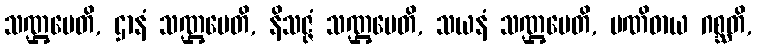
သဏ္ဌပေတိ, ဌာနံ သဏ္ဌပေတိ, နိသဇ္ဇံ သဏ္ဌပေတိ, သယနံ သဏ္ဌပေတိ, ပဏိဓာယ ဂစ္ဆတိ,